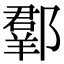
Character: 𨞗